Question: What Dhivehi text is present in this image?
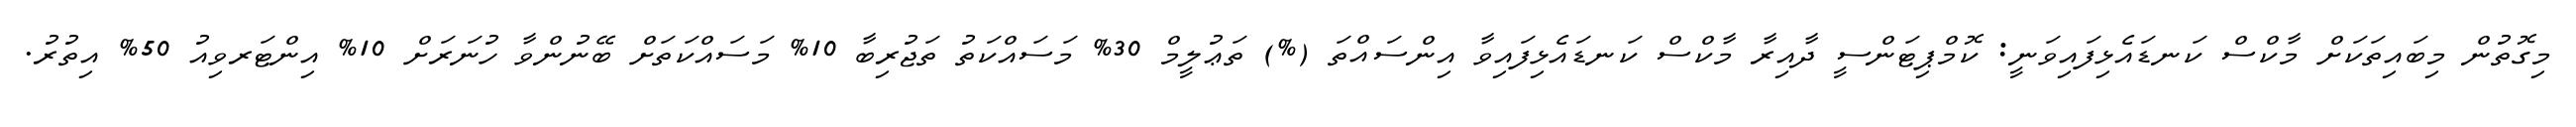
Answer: މިގޮތުން މިބައިތަކަށް މާކްސް ކަނޑައެޅިފައިވަނީ: ކޮމްޕިޓަންސީ ދާއިރާ މާކްސް ކަނޑައެޅިފައިވާ އިންސައްތަ (%) ތަޢުލީމް 30% މަސައްކަތު ތަޖުރިބާ 10% މަސައްކަތަށް ބޭނުންވާ ހުނަރަށް 10% އިންޓަރވިއު 50% އިތުރު.